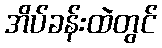
အိပ်ခန်းထဲတွင်